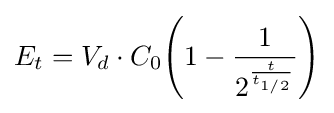
E_{t}=V_{d}\cdot {C_{0}}{\Biggl (}1-{\frac {1}{2^{\frac {t}{t_{1/2}}}}}{\Biggr )}